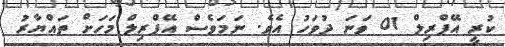
ކުރީ އޭޕްރިލް 01 ވަނަ ދުވަހު އެވެ. ނަމަވެސް އޭޕްރިލް މަހަށް ތައްޔާރު